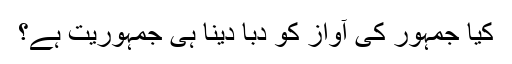
کیا جمہور کی آواز کو دبا دینا ہی جمہوریت ہے؟